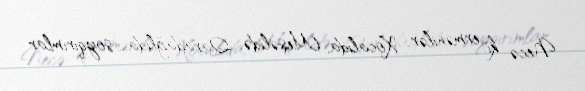
Necə ki, ermənilər Xocalıda, Meşəlidə, Qaradağlıda... soyqırımlar